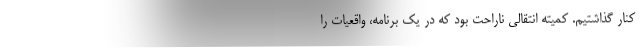
کنار گذاشتیم. کمیته انتقالی ناراحت بود که در یک برنامه، واقعیات را